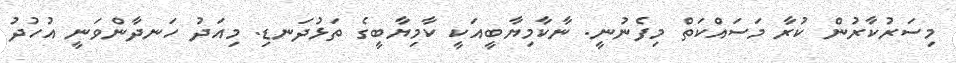
މިސަރުކާރުން ކުރާ މަސައްކަތް މިފެނުނީ. ނާކާމިޔާބީއަކީ ކާމިޔާބީގެ ތަޅުދަނޑި. މިއަދު ހަނދާންވަނީ އުހުދު